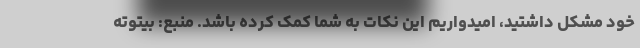
خود مشکل داشتید، امیدواریم این نکات به شما کمک کرده باشد. منبع: بیتوته